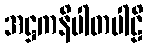
အဋ္ဌကနိပါတပါဠိ